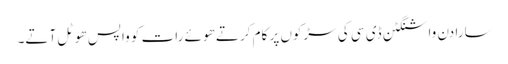
سارا دن واشنگٹن ڈی سی کی سڑکوں پر کام کرتے ھوئے رات کو واپس ھوٹل آتے۔